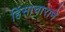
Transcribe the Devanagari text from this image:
हिंसाचाराने